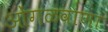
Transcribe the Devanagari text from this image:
ओंगळवाणा